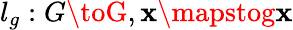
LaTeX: l_{g}:G\toG,\mathbf{x}\mapstog\mathbf{x}